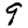
Digit: 9